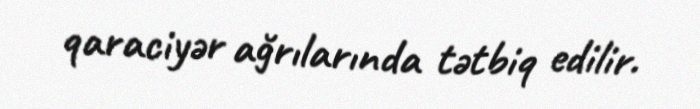
qaraciyər ağrılarında tətbiq edilir.